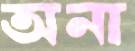
অনা